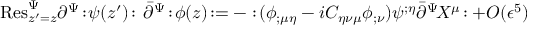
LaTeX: \mathrm { R e s } _ { z ^ { \prime } = z } ^ { \Psi } \partial ^ { \Psi } \! : \! \psi ( z ^ { \prime } ) \! : \, \bar { \partial } ^ { \Psi } \! : \! \phi ( z ) \! : = - : \! ( \phi _ { ; \mu \eta } - i C _ { \eta \nu \mu } \phi _ { ; \nu } ) \psi ^ { ; \eta } \bar { \partial } ^ { \Psi } \! X ^ { \mu } \! : + O ( \epsilon ^ { 5 } )